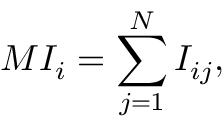
M I _ { i } = \sum _ { j = 1 } ^ { N } I _ { i j } ,